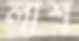
লাশ